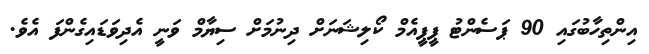
އިންތިހާބުގައި 90 ޕަސެންޓު ޕީޕީއެމް ކޯލިޝަނަށް ދިނުމަށް ސިޔާމް ވަނީ އެދިވަޑައިގެންފަ އެވެ.